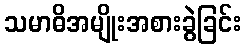
သမာဓိအမျိုးအစားခွဲခြင်း